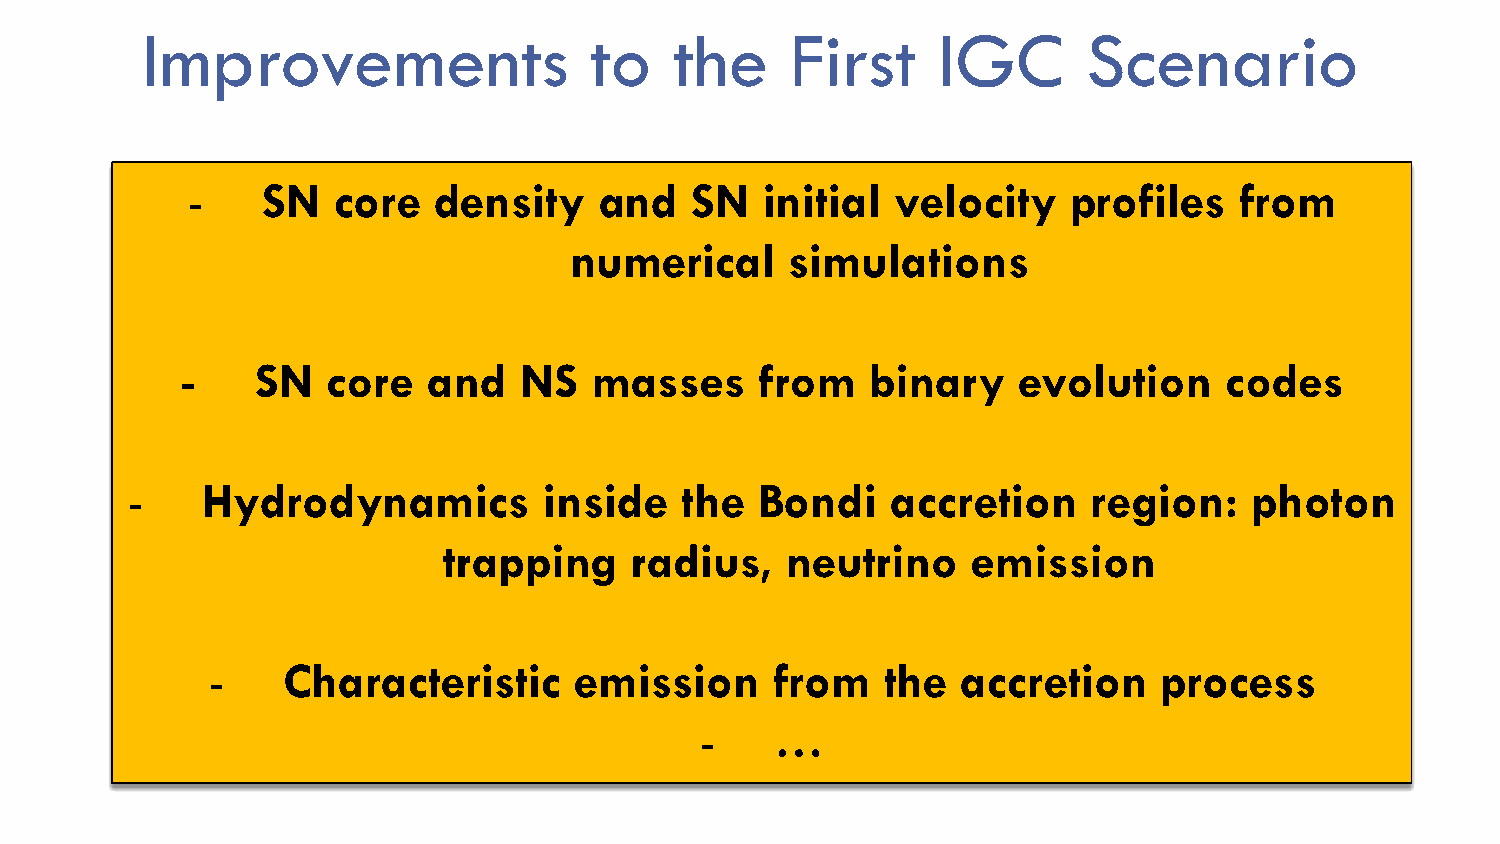
Improvements                  to    the    First     IGC       Scenario
 -    SN   core   density    and   SN   initial velocity    profiles   from
 numerical     simulations
 -    SN   core  and   NS   masses     from    binary   evolution     codes
 -    Hydrodynamics          inside   the  Bondi    accretion    region:    photon
 trapping     radius,   neutrino    emission
 -    Characteristic     emission     from    the  accretion    process
 -    …